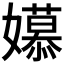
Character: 𫲎